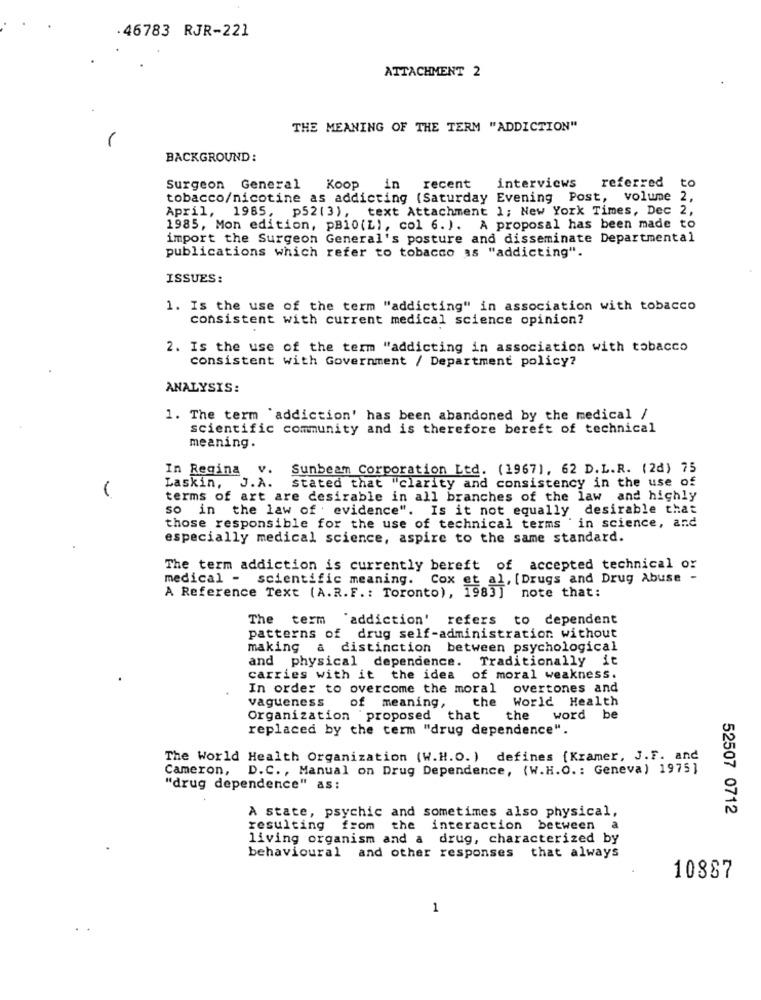
.46783 RJR-221
ATTACHMENT 2
THE MEANING OF THE TERM "ADDICTION"
BACKGROUND:
Surgeon General
Koop
in
recent
interviews
referred
tobacco/nicotine as addicting (Saturday Evening Post, volume 2,
April,
1985, p52(3), text Attachment 1; New York Times, Dec 2
1985, Mon edition, PB10 (L), col 6. ). A proposal has been made to
import the Surgeon General's posture and disseminate Departmental
publications which refer to tobacco as "addicting".
ISSUES:
1. Is the use of the term "addicting" in association with tobacco
consistent with current medical science opinion?
2. Is the use of the term "addicting in association with tobacco
consistent with Government / Department policy?
ANALYSIS:
1. The term 'addiction' has been abandoned by the medical /
scientific community and is therefore bereft of technical
meaning.
In Regina v. Sunbeam Corporation Ltd. (1967), 62 D.L.R. (2d) 75
Laskin, J.A. stated that "clarity and consistency in the use of
terms of art are desirable in all branches of the law and highly
so in the law of evidence". Is it not equally desirable that
those responsible for the use of technical terms in science, and
especially medical science, aspire to the same standard.
The term addiction is currently bereft of accepted technical or
medical - scientific meaning.
Cox et al, [Drugs and Drug Abuse -
A Reference Text (A.R.F. : Toronto), 1983] note that:
The term "addiction' refers to dependent
patterns of drug self-administration without
making
a distinction between psychological
and physical dependence.
Traditionally it
carries with it the idea of moral weakness.
In order to overcome the moral overtones and
World Health
vagueness
of meaning,
the
Organization proposed that
the
word be
replaced by the term "drug dependence".
The World Health Organization (W.H.O. ) defines {Kramer, J.F. and
Cameron, D.C ., Manual on Drug Dependence, (W.H.O .: Geneva) 1975]
"drug dependence" as:
A state, psychic and sometimes also physical,
52507 0712
resulting from the interaction between a
living organism and a drug, characterized by
behavioural and other responses that always
10887
1